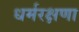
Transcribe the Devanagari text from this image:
धर्मरक्षणा